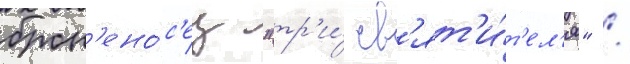
брон'ено́с'ец "тр'и́ св'ят'и́т'ел'я" /